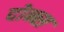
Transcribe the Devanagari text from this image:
दोब्ब्स